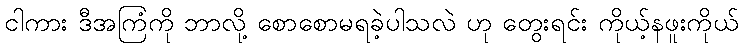
ငါကား ဒီအကြံကို ဘာလို့ စောစောမရခဲ့ပါသလဲ ဟု တွေးရင်း ကိုယ့်နဖူးကိုယ်